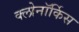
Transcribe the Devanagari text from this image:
क्लोनॉर्किस